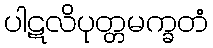
ပါဋလိပုတ္တမက္ခတံ